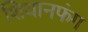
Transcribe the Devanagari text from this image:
शियानफंग